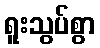
ရူးသွပ်စွာ